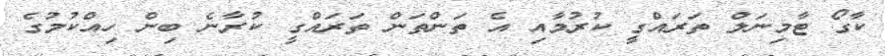
ކާގޯ ޓާމިނަލް ތަރައްގީ ކުރުމާއި އެ ތަންތަން ތަރައްގީ ކުރާނެ ބިން ހިއްކުމުގެ